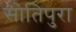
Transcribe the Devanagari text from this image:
सोतिपुरा